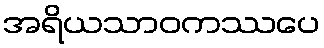
အရိယသာဝကဿပေ